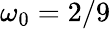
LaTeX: \omega_{0}=2/9